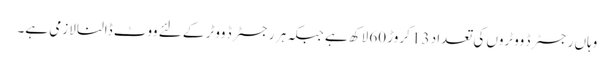
وہاں رجسٹرڈ ووٹروں کی تعداد 13 کروڑ 60 لاکھ ہے جبکہ ہر رجسٹرڈ ووٹر کے لئے ووٹ ڈالنا لازمی ہے۔